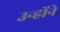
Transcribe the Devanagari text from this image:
उन्होंने